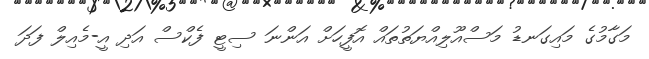
މަގާމުގެ މައިގަނޑު މަސްއޫލިއްޔަތުތައް އޮފީހަށް އަންނަ ސިޓީ ފެކްސް އަދި އީ-މެއިލް ފަދަ